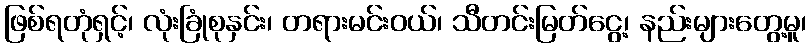
ဖြစ်ရတုံရှင့်၊ လုံးခြုံစုနှင်း၊ တရားမင်းဝယ်၊ သီတင်းမြတ်ငွေ့၊ နည်းများတွေ့မူ၊